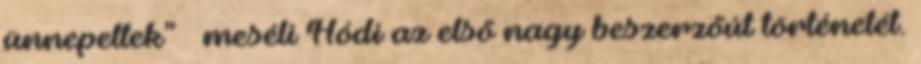
ünnepeltek” – meséli Hódi az első nagy beszerzőút történetét.